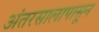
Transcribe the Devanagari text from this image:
अंतरसालापासून